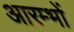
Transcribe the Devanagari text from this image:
आरम्भों